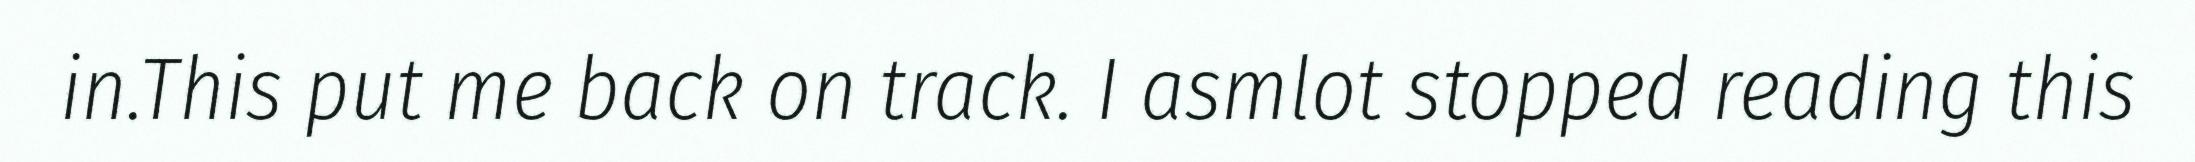
in.This put me back on track. I asmlot stopped reading this